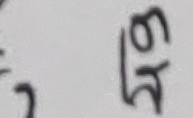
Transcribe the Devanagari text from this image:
६३